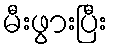
မီးဖွားပြီး